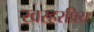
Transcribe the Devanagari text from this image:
खरहरप्रिय